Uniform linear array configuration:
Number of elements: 12
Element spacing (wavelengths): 0.75
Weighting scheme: cosine
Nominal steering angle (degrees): -60
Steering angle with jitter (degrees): -61.664
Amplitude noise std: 0.05
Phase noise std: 0.05

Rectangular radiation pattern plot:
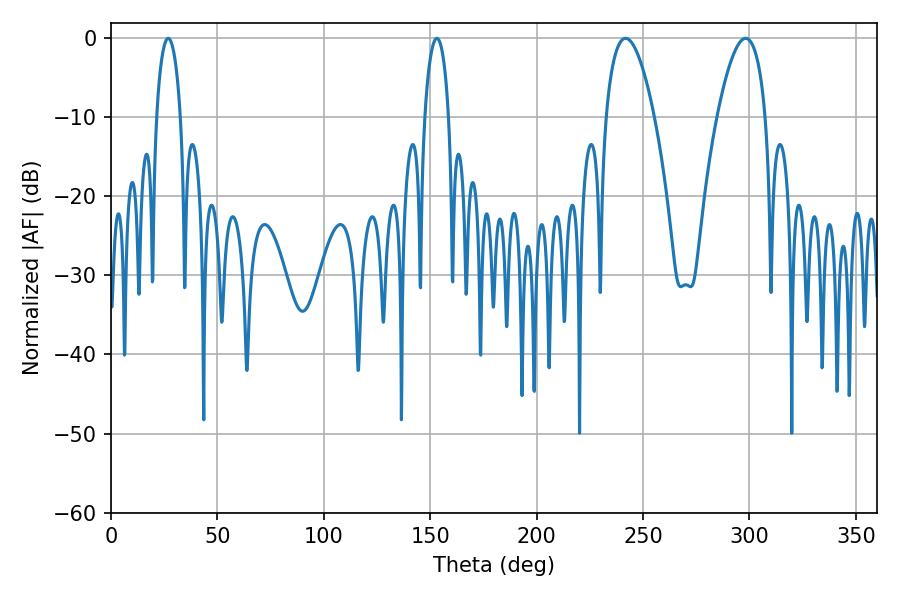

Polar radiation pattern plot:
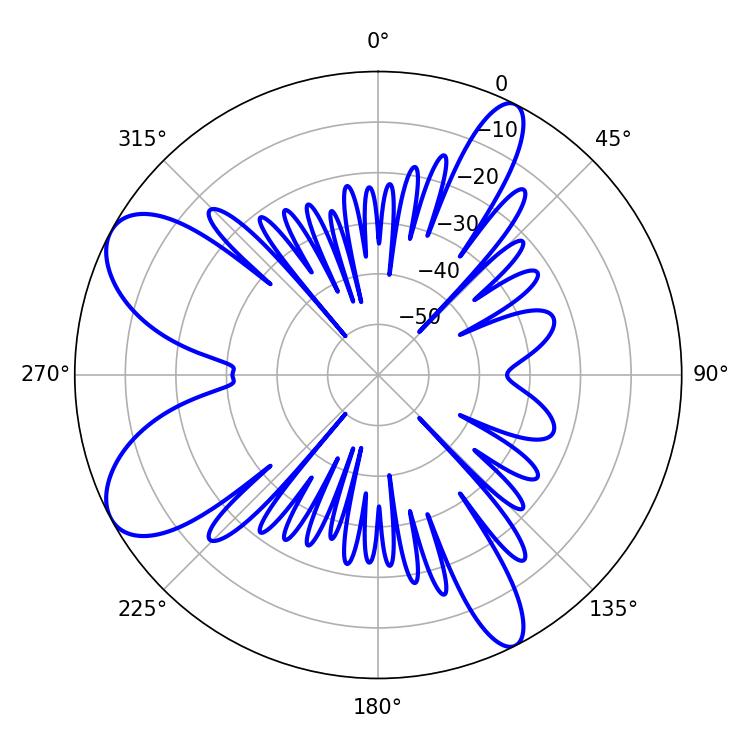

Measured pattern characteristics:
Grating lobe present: TRUE
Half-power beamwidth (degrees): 12.6
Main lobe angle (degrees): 241.74